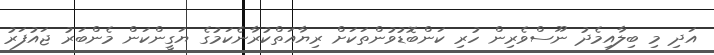
އަދި މި ބިލާއިމެދު ނޫސްވެރިން ހުރި ކަންބޮޑުވުންތަކަށް ރިޔާއަތްކުރާނެކަމުގެ ޔަގީންކަން މެންބަރު ޖައުފަރު